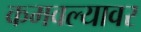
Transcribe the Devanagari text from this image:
कमवल्यावर